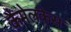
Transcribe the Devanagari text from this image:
कैमेलकेस